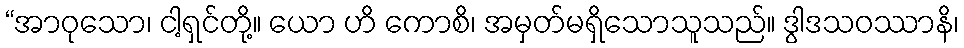
“အာဝုသော၊ ငါ့ရှင်တို့။ ယော ဟိ ကောစိ၊ အမှတ်မရှိသောသူသည်။ ဒွါဒသဝဿာနိ၊